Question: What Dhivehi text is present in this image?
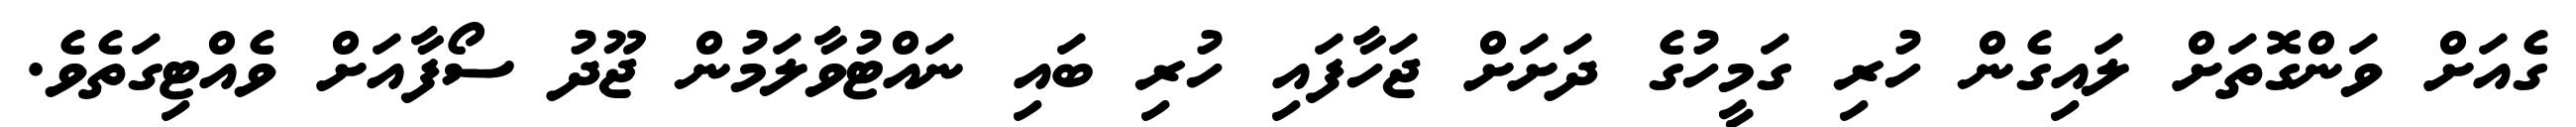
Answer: ގެއަށް ވަންގޮތަށް ލައިގެން ހުރި ގަމީހުގެ ދަށަށް ޖަހާފައި ހުރި ބައި ނައްޓުވާލަމުން ޖޫދު ސޯފާއަށް ވެއްޓިގަތެވެ.